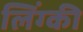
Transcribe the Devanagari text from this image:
लिंग्‍की